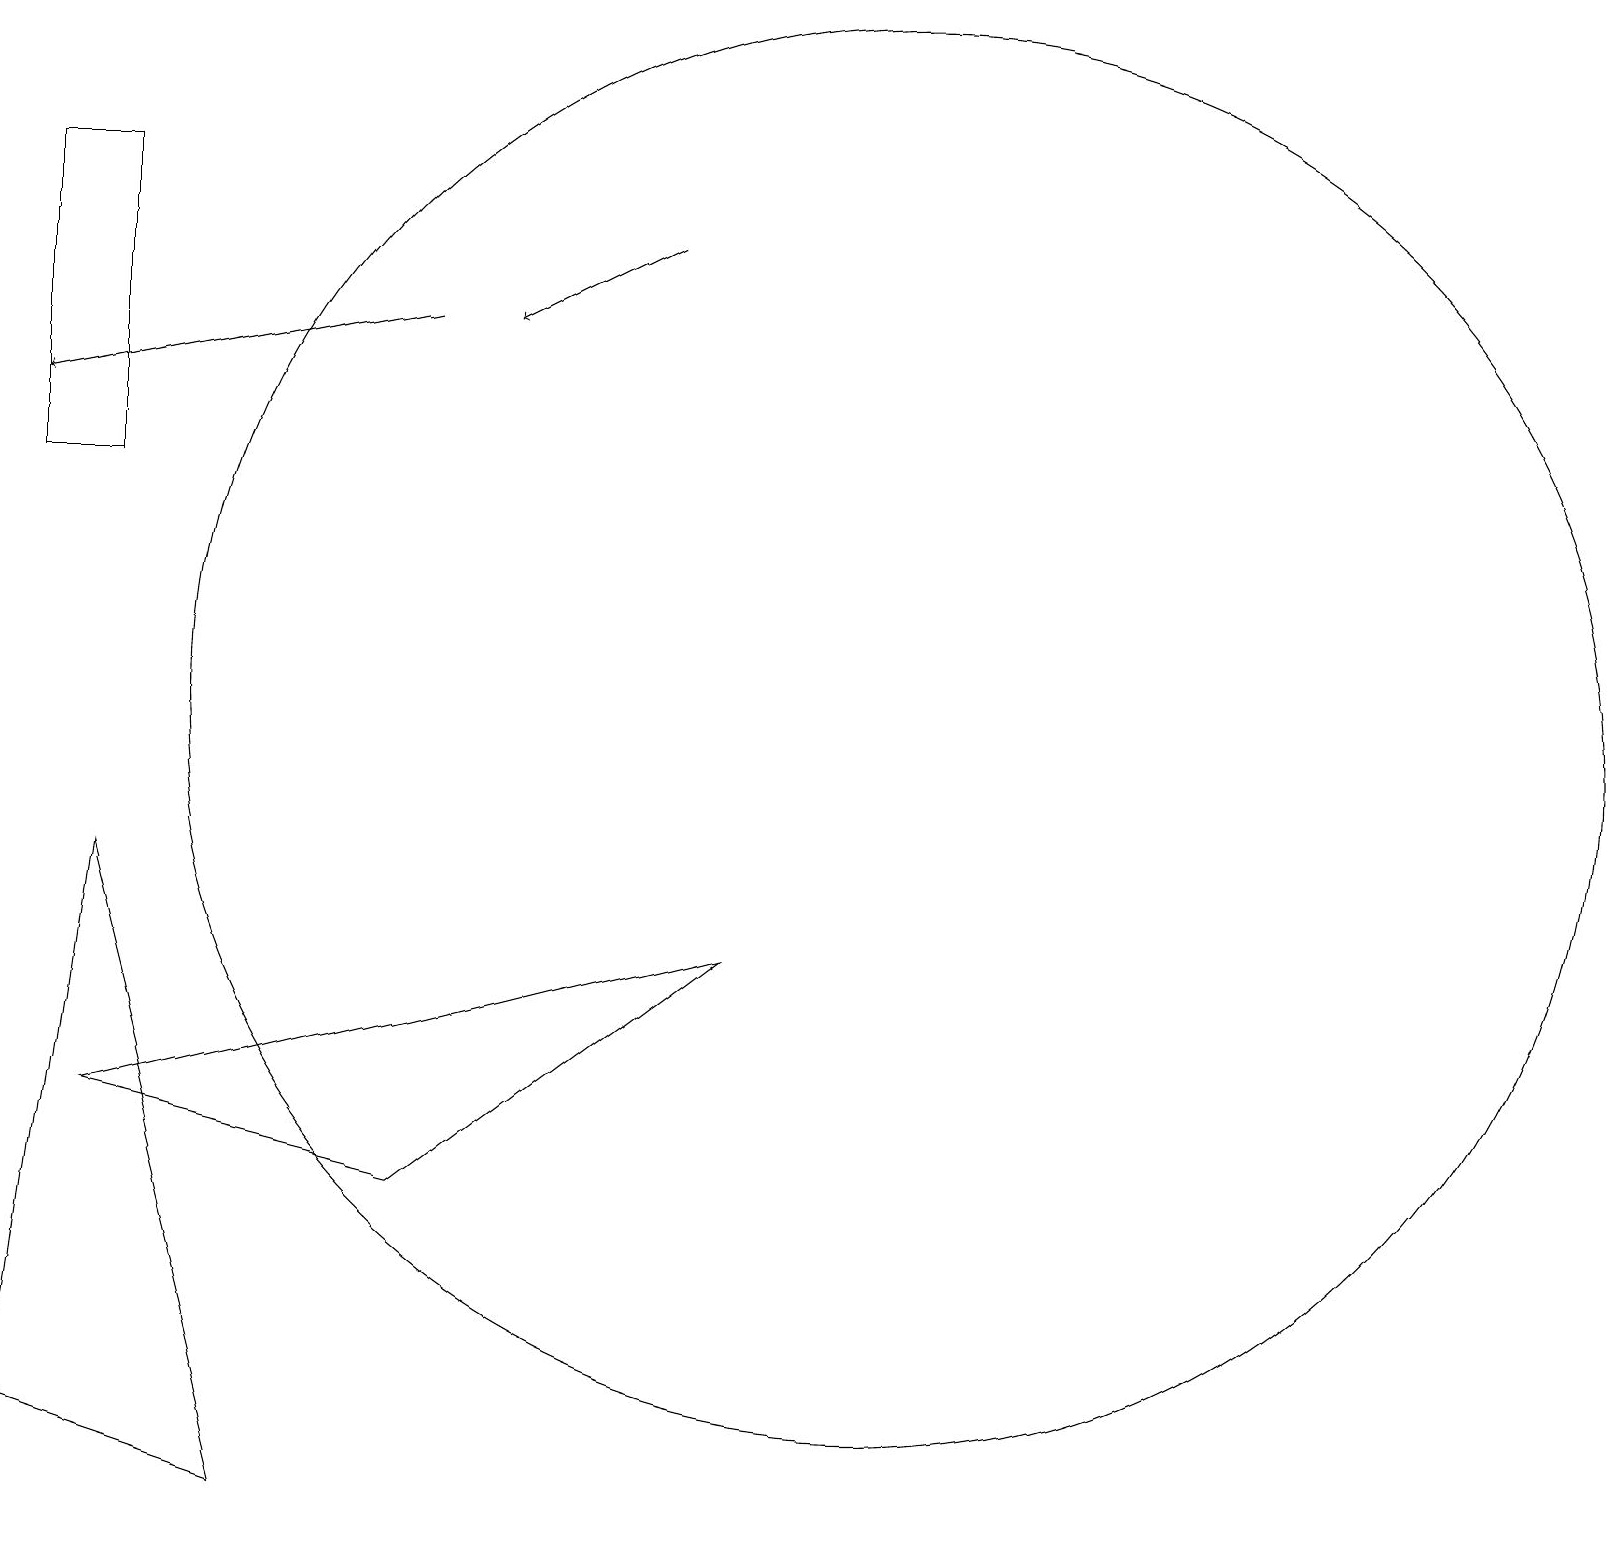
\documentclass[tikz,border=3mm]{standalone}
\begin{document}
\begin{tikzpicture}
\draw[->] (5,16) -- (0,15);
\draw (12,11) circle (0);
\draw (1,9) -- (3,1) -- (0,2) -- cycle;
\draw[->] (8,17) -- (6,16);
\draw (11,11) circle (9);
\draw (1,18) rectangle (0,14);
\draw (1,6) -- (9,8) -- (5,5) -- cycle;
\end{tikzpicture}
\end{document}